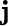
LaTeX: \mathbf{j}